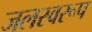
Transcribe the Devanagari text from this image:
जलस्वरूप